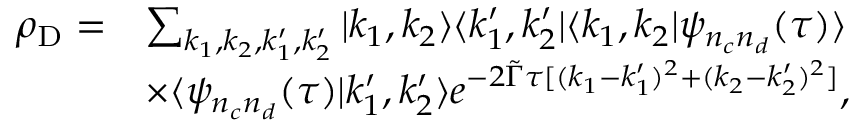
\begin{array} { r l } { \rho _ { \mathrm { D } } = } & { \sum _ { k _ { 1 } , k _ { 2 } , k _ { 1 } ^ { \prime } , k _ { 2 } ^ { \prime } } | k _ { 1 } , k _ { 2 } \rangle \langle k _ { 1 } ^ { \prime } , k _ { 2 } ^ { \prime } | \langle k _ { 1 } , k _ { 2 } | \psi _ { n _ { c } n _ { d } } ( \tau ) \rangle } \\ & { \times \langle \psi _ { n _ { c } n _ { d } } ( \tau ) | k _ { 1 } ^ { \prime } , k _ { 2 } ^ { \prime } \rangle e ^ { - 2 \tilde { \Gamma } \tau [ ( k _ { 1 } - k _ { 1 } ^ { \prime } ) ^ { 2 } + ( k _ { 2 } - k _ { 2 } ^ { \prime } ) ^ { 2 } ] } , } \end{array}